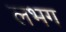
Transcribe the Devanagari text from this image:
लभग